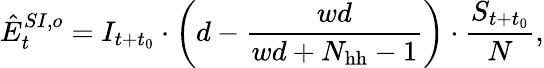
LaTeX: \hat{E}_{t}^{SI,o}=I_{t+t_{0}}\cdot\bigg(d-\frac{wd}{wd+N_{\mathrm{hh}}-1}\bigg)\cdot\frac{S_{t+t_{0}}}{N},